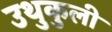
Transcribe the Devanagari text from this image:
उथुकुली